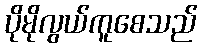
ပိုမိုလွယ်ကူစေသည်